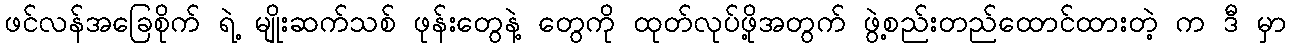
ဖင်လန်အခြေစိုက် ရဲ့ မျိုးဆက်သစ် ဖုန်းတွေနဲ့ တွေကို ထုတ်လုပ်ဖို့အတွက် ဖွဲ့စည်းတည်ထောင်ထားတဲ့ က ဒီ မှာ